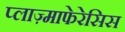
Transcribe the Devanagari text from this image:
प्लाज़्माफेरेसिस